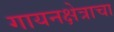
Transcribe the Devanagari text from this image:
गायनक्षेत्राचा